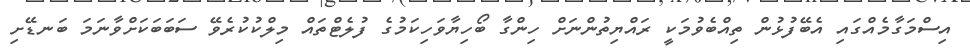
އިސްމަގާމެއްގައި އެބޭފުޅުން ތިއްބެވުމަކީ ރައްޔިތުންނަށް ހިންގާ ބޯހިޔާވަހިކަމުގެ ފުލެޓްތައް މިލްކުކުރެވޭ ސަބަބަކަށްވާނަމަ ބަނޑޭށި